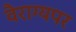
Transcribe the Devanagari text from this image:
वैराग्यपर